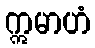
ဣမာဟံ